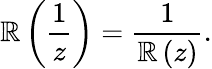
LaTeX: \mathbb{R}\left(\frac{{1}}{{z}}\right)=\frac{{1}}{{\mathbb{R}\left(z\right)}}.